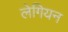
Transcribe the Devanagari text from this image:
लेगियन